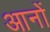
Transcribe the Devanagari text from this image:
आनों